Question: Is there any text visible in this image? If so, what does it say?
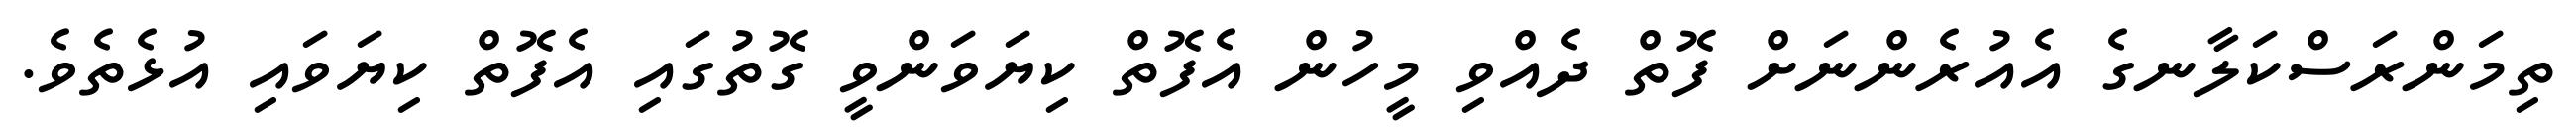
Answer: ތިމަންރަސްކަލާނގެ އެއުރެންނަށް ފޮތް ދެއްވި މީހުން އެފޮތް ކިޔަވަންވީ ގޮތުގައި އެފޮތް ކިޔަވައި އުޅެތެވެ.